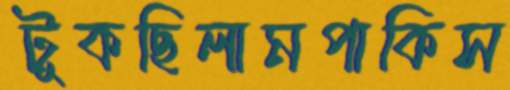
টুকছিলামপাকিস